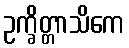
ဥက္ခိတ္တာသိကေ